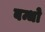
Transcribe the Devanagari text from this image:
बन्धो